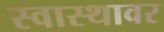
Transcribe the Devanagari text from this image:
स्वास्थावर